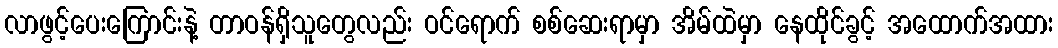
လာဖွင့်ပေးကြောင်းနဲ့ တာဝန်ရှိသူတွေလည်း ဝင်ရောက် စစ်ဆေးရာမှာ အိမ်ထဲမှာ နေထိုင်ခွင့် အထောက်အထား